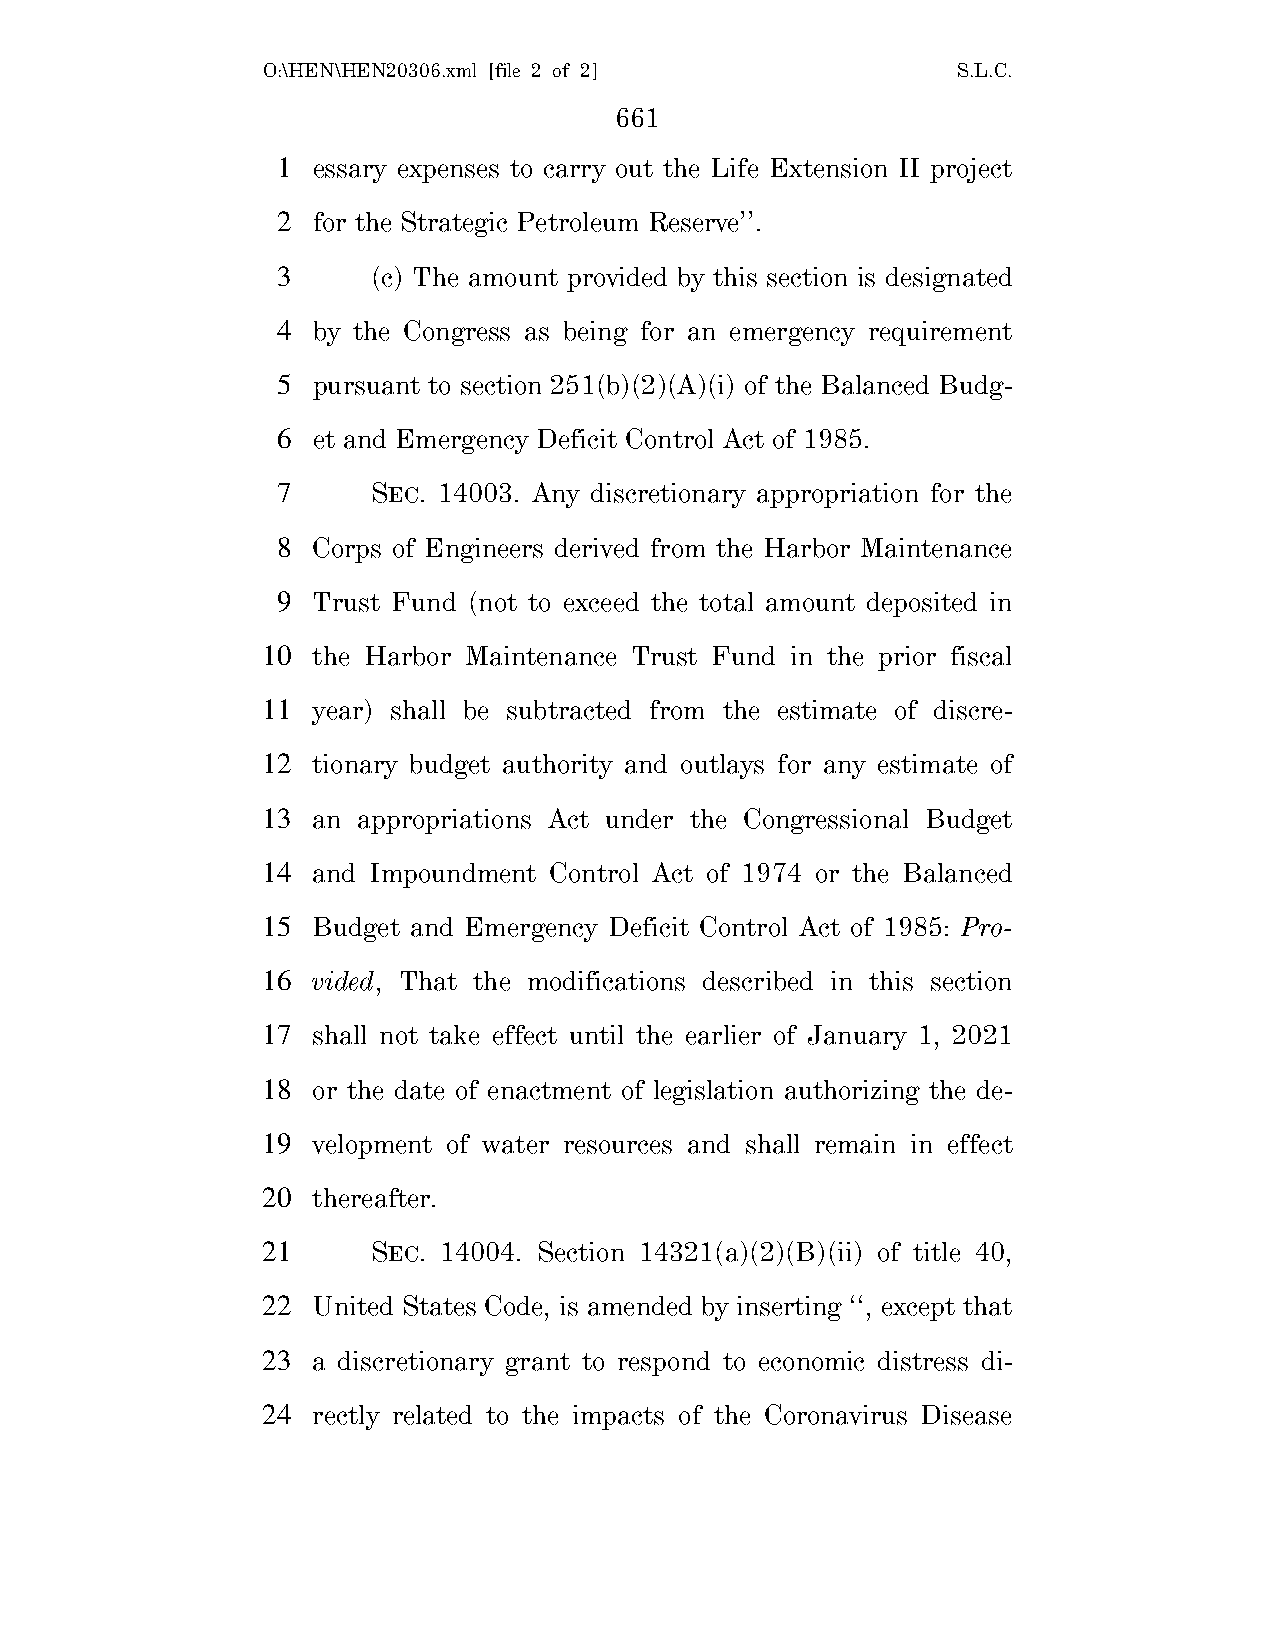
O:\HEN\HEN20306.xml [file 2 of 2]             S.L.C.
 661
 1  essary expenses to carry out the Life Extension II project
 2  for the Strategic Petroleum Reserve’’.
 3      (c) The amount provided by this section is designated
 4  by the Congress as being for an emergency requirement
 5  pursuant to section 251(b)(2)(A)(i) of the Balanced Budg-
 6  et and Emergency Deficit Control Act of 1985.
 7      SEC. 14003. Any discretionary appropriation for the
 8  Corps of Engineers derived from the Harbor Maintenance
 9  Trust Fund (not to exceed the total amount deposited in
 10  the Harbor Maintenance Trust Fund in the prior fiscal
 11  year) shall be subtracted from the estimate of discre-
 12  tionary budget authority and outlays for any estimate of
 13  an appropriations Act under the Congressional Budget
 14  and Impoundment Control Act of 1974 or the Balanced
 15  Budget and Emergency Deficit Control Act of 1985: Pro-
 16  vided, That the modifications described in this section
 17  shall not take effect until the earlier of January 1, 2021
 18  or the date of enactment of legislation authorizing the de-
 19  velopment of water resources and shall remain in effect
 20  thereafter.
 21      SEC. 14004. Section 14321(a)(2)(B)(ii) of title 40,
 22  United States Code, is amended by inserting ‘‘, except that
 23  a discretionary grant to respond to economic distress di-
 24  rectly related to the impacts of the Coronavirus Disease